Leaving Certificate, 1888
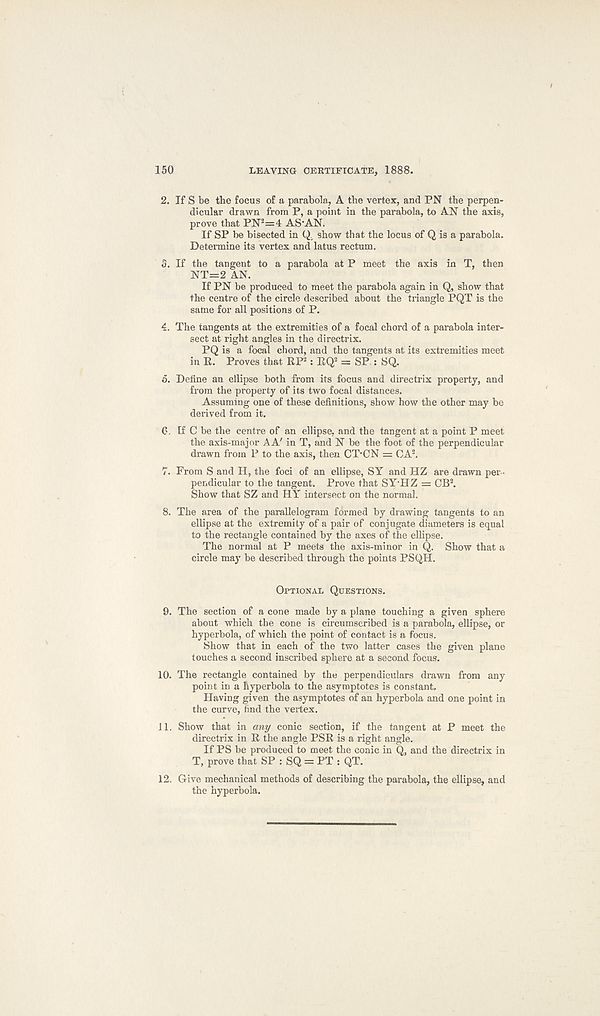
150
LEAVING CERTIFICATE, 1888.
2. If S be the focus of a parabola, A the vertex, and PN the perpen-
dicular drawn from P, a point in the parabola, to AN the axis,
prove that PN 2 =4 AS'AN.
If SP be bisected in Q, show that the locus of Q is a parabola.
Determine its vertex and latus rectum.
3. If the tangent to a parabola at P meet the axis in T, then
NT=2 AN.
If PN be produced to meet the parabola again in Q, show that
the centre of the circle described about the triangle PQT is the
same for all positions of P.
4. The tangents at the extremities of a focal chord of a parabola inter-
sect at right angles in the directrix.
PQ is a focal chord, and the tangents at its extremities meet
in R. Proves that RP 2 : RQ 2 = SP.: SQ.
o. Define an ellipse both from its focus and directrix property, and
from the property of its two focal distances.
Assuming one of these definitions, show how the other may be
derived from it.
6. tf C be the centre of an ellipse, and the tangent at a point P meet
the axis-major AA' in T, and N be the foot of the perpendicular
drawn from P to the axis, then CTCN = CA 2 .
7. From S and H, the foci of an ellipse, SY and HZ are drawn per-
pendicular to the tangent. Prove that SY HZ = CB 2 .
Show that SZ and HY intersect on the normal.
8. The area of the parallelogram formed by drawing tangents to an
ellipse at the extremity of a pair of conjugate diameters is equal
to the rectangle contained by the axes of the ellipse.
The normal at P meets the axis-minor in Q. Show that a
circle may be described through the points PSQH.
Optional Questions.
9. The section of a cone made by a plane touching a given sphere
about which the cone is circumscribed is a parabola, ellipse, or
hyperbola, of which the point of contact is a focus.
Show that in each of the two latter cases the given plane
touches a second inscribed sphere at a second focus.
10. The rectangle contained by the perpendiculars drawn from any
point in a hyperbola to the asymptotes is constant.
Having given the asymptotes of an hyperbola and one point in
the curve, find the vertex.
11. Show that in any conic section, if the tangent at P meet the
directrix in R the angle PSR is a right angle.
If PS be produced to meet the conic in Q, and the directrix in
T, prove that SP : SQ = PT : QT.
12. Give mechanical methods of describing the parabola, the ellipse, and
the hyperbola.